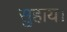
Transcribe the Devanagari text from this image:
सुहाय।